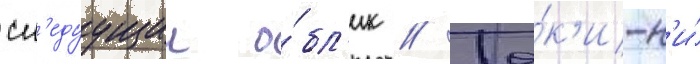
сл'едуущии о́бл'ик // То́к'и-н'и́